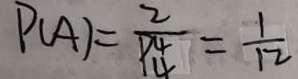
P ( A ) = \frac { 2 } { P ^ { 4 } _ { 4 } } = \frac { 1 } { 1 2 }